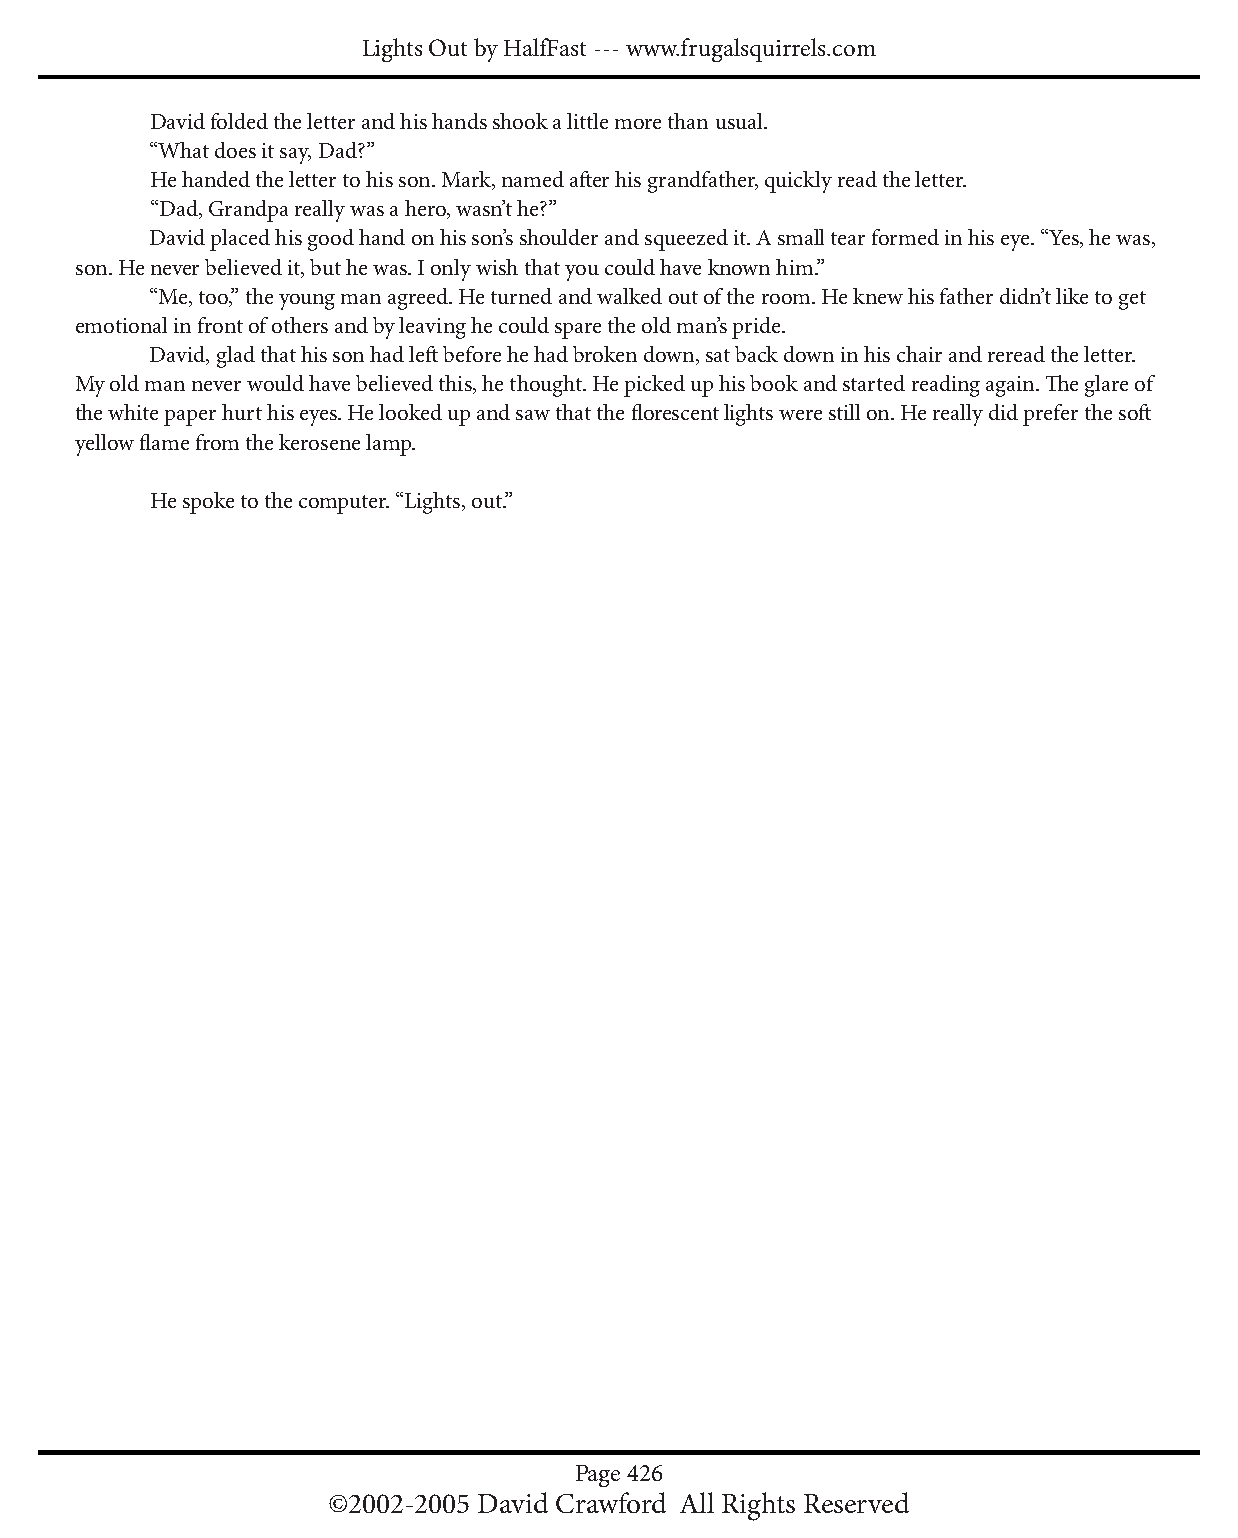
Lights Out by HalfFast --- www.frugalsquirrels.com
 David folded the letter and his hands shook a little more than usual.
 “What does it say, Dad?”
 He handed the letter to his son. Mark, named afterhisgrandfather,quicklyreadtheletter.
 “Dad, Grandpa really was a hero, wasn’t he?”
 David placed his good hand on his son’s shoulder and squeezed it. A small tear formed in his eye. “Yes, he was,
 son. He never believed it, but he was. I only wish that you could have known him.”
 “Me, too,” the young man agreed. He turned and walked out of the room. He knew his father didn’t like to get
 emotional in front of others and by leaving he could spare the old man’s pride.
 David, glad that his son had leftbeforehehadbrokendown,satbackdowninhischairandrereadtheletter.
 My old man never would have believed this, he thought. He picked up his book and started reading again. Theglareof
 the white paper hurt his eyes. He looked up and saw that the florescentlightswerestillon.Hereallydidpreferthesoft
 yellow flamefromthekerosenelamp.
 He spoke to the computer. “Lights, out.”
 Page 426
 ©2002-2005 David Crawford All Rights Reserved